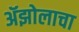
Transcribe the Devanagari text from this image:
ॲझोलाचा